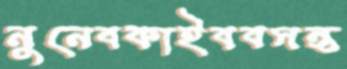
নুনেবকাইববসন্ত